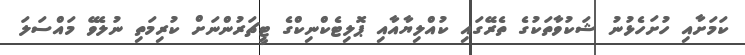
ކަމަށާއި ހުށަހެޅުނު ޝަކުވާތަކުގެ ތެރޭގައި ކުއްލިޔާއާއި ޕޮލިޓެކްނިކްގެ ޓީޗަރުންނަށް ކުރިމަތި ނުލެވޭ މައްސަލަ